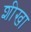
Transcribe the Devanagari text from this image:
शीखा